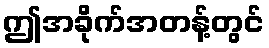
ဤအခိုက်အတန့်တွင်